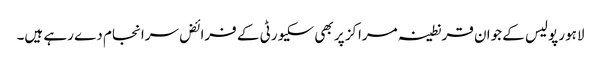
لاہور پولیس کے جوان قرنطینہ مراکز پر بھی سکیورٹی کے فرائض سرانجام دے رہے ہیں۔